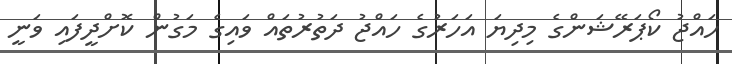
ހައްޖު ކޯޕަރޭޝަންގެ މިދިޔަ އަހަރުގެ ހައްޖު ދަތުރުތައް ވައިގެ މަގުން ކޮށްދީފައި ވަނީ